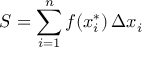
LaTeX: S = \sum _ { i = 1 } ^ { n } f ( x _ { i } ^ { * } ) \, \Delta x _ { i }